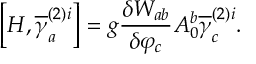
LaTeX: \left[ H , \overline { { { \gamma } } } _ { a } ^ { ( 2 ) i } \right] = g \frac { \delta W _ { a b } } { \delta \varphi _ { c } } A _ { 0 } ^ { b } \overline { { { \gamma } } } _ { c } ^ { ( 2 ) i } .